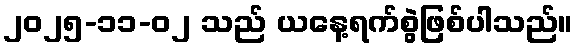
၂၀၂၅-၁၁-၀၂ သည် ယနေ့ရက်စွဲဖြစ်ပါသည်။